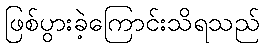
ဖြစ်ပွားခဲ့ကြောင်းသိရသည်